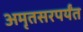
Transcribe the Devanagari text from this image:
अमृतसरपर्यंत